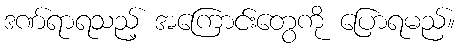
ဒဏ်ရာရသည့် အကြောင်းတွေကို ပြောရမည်။